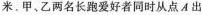
米，甲乙两名长跑爱好者同时从点A出